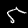
Label: 5